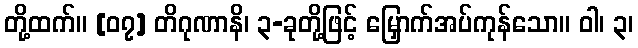
တို့ထက်။ [၀၇] တိဂုဏာနိ၊ ၃-ခုတို့ဖြင့် မြှောက်အပ်ကုန်သော။ ဝါ၊ ၃၊